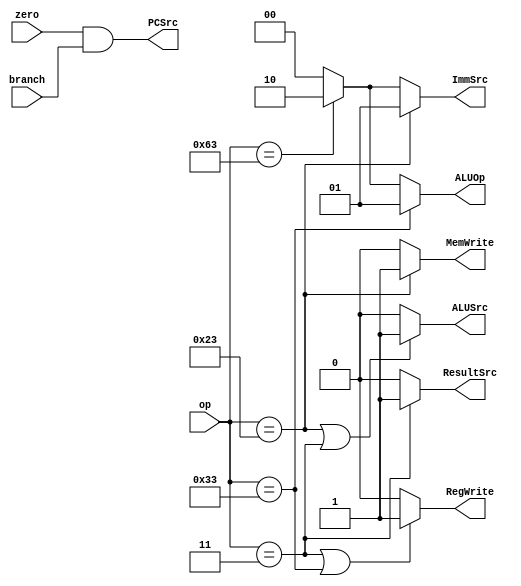
module main_decoder(op, zero, PCSrc, ResultSrc, MemWrite, ALUSrc, ImmSrc, RegWrite, ALUOp, branch);
	
	// input, output declaration
	input [6:0] op;
	input zero, branch;
	output [1:0] ImmSrc, ALUOp;
	output PCSrc, ResultSrc, MemWrite, ALUSrc, RegWrite;
	
	//interim wires
	//wire branch;
	
	assign RegWrite = ((op == 7'b0000011) || (op == 7'b0110011)) ? 1'b1 : 1'b0;
	assign MemWrite = (op == 7'b0100011) ? 1'b1 : 1'b0;
	assign ResultSrc = (op == 7'b0000011) ? 1'b1 : 1'b0;
	assign ALUSrc = ((op == 7'b0100011) || (op ==7'b0000011)) ? 1'b1 : 1'b0;
	assign Branch = (op== 7'b1100011) ? 1'b1: 1'b0;
	assign ImmSrc = (op == 7'b0100011) ? 2'b01 : (op == 7'b1100011) ? 2'b10 : 2'b00;
	assign ALUOp = (op == 7'b0110011) ? 2'b01 : (op == 7'b1100011) ? 2'b10 : 2'b00;
	assign PCSrc = zero & branch;
	
endmodule